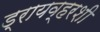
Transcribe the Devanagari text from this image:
ड्रायव्हरशी